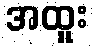
အထူး